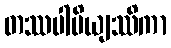
တဿပါပိယျဿိကာ